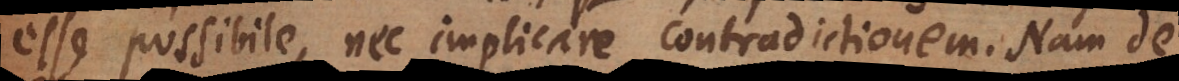
esse possibile, nec implicare contradictionem. Nam de